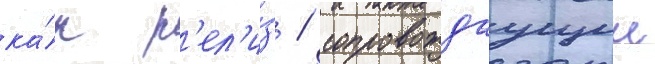
ка́к р'ел'и́з / сопровождаущии